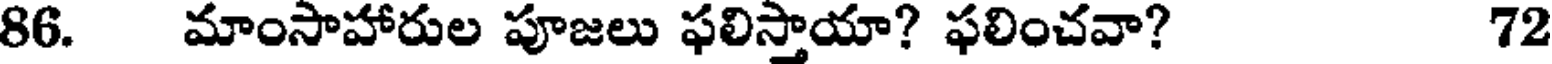
86. మాంసాహారుల పూజలు ఫలిస్తాయా? ఫలించవా? 72